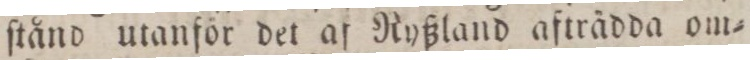
ſtånd utanför det af Ryßland afträdda om=